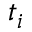
t _ { i }